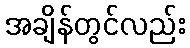
အချိန်တွင်လည်း